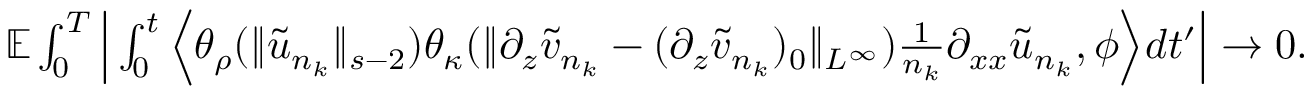
\begin{array} { r l } & { \mathbb E \int _ { 0 } ^ { T } \Big | \int _ { 0 } ^ { t } \Big \langle \theta _ { \rho } ( \| \tilde { u } _ { n _ { k } } \| _ { s - 2 } ) \theta _ { \kappa } ( \| \partial _ { z } \tilde { v } _ { n _ { k } } - ( \partial _ { z } \tilde { v } _ { n _ { k } } ) _ { 0 } \| _ { L ^ { \infty } } ) \frac 1 { n _ { k } } \partial _ { x x } \tilde { u } _ { n _ { k } } , \phi \Big \rangle d t ^ { \prime } \Big | \rightarrow 0 . } \end{array}